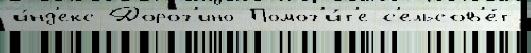
и́нд'екс Дорог'ино Помог'и́т'е с'ельсов'е́т